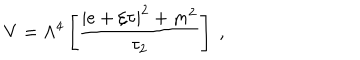
V = \Lambda ^ { 4 } \left[ { \frac { | e + \xi \tau | ^ { 2 } + m ^ { 2 } } { \tau _ { 2 } } } \right] \ ,